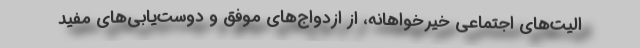
الیت‌های اجتماعی خیرخواهانه، از ازدواج‌های موفق و دوست‌یابی‌های مفید